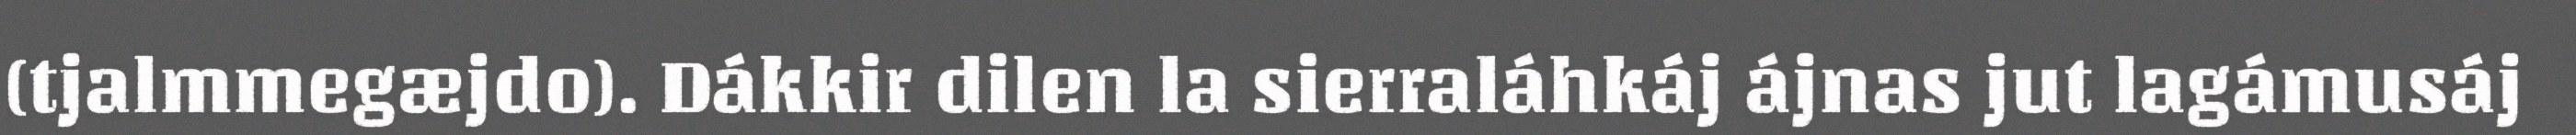
(tjalmmegæjdo). Dákkir dilen la sierraláhkáj ájnas jut lagámusáj